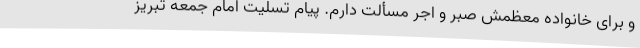
و برای خانواده معظمش صبر و اجر مسألت دارم. پیام تسلیت امام جمعه تبریز